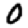
Digit: 0